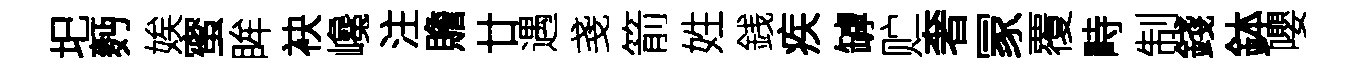
圯麪娭蜜眸袂巉注贍廿遇戔箭姓銭疾罅贮奢冡覆畤制錢鉢嚶